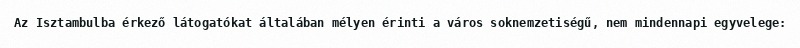
Az Isztambulba érkező látogatókat általában mélyen érinti a város soknemzetiségű, nem mindennapi egyvelege: